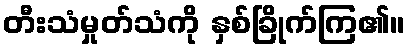
တီးသံမှုတ်သံကို နှစ်ခြိုက်ကြ၏။